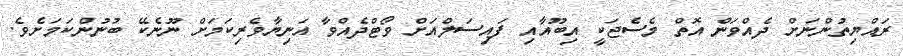
ރައްޔިތުންނަށް ދެއްވަން އޮތް މެސެޖަކީ އިބޫއާއި ފައިސަލްއަށް ވޯޓްދެއްވާ އަނިޔާވެރިކަމަށް ނޫނެކޭ ބުނުންކަމަށެވެ.